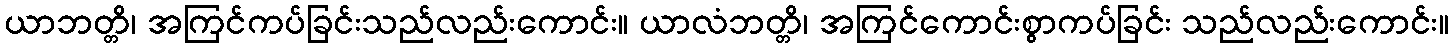
ယာဘတ္တိ၊ အကြင်ကပ်ခြင်းသည်လည်းကောင်း။ ယာလံဘတ္တိ၊ အကြင်ကောင်းစွာကပ်ခြင်း သည်လည်းကောင်း။